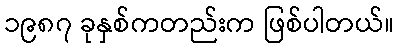
၁၉၈၇ ခုနှစ်ကတည်းက ဖြစ်ပါတယ်။